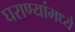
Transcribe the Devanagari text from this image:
घराण्यांमध्ये